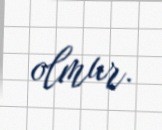
olmur.